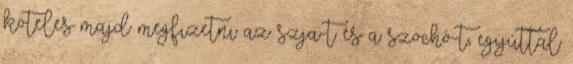
köteles majd megfizetni az szja-t és a szochó-t, egyúttal